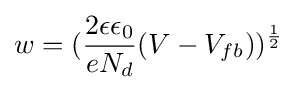
w=({\frac {2\epsilon \epsilon _{0}}{eN_{d}}}(V-V_{fb}))^{\frac {1}{2}}